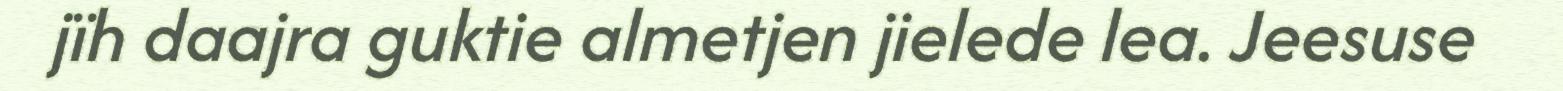
jïh daajra guktie almetjen jielede lea. Jeesuse